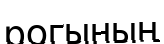
рогының